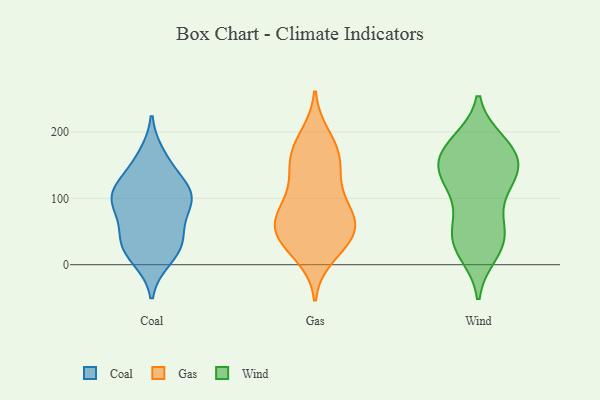
{"axis": {"x": "Humidity (%)", "y": "Value"}, "legend": ["Coal", "Gas", "Wind"], "data": [{"x": "", "y": 10, "type": "Coal"}, {"x": "", "y": 87, "type": "Coal"}, {"x": "", "y": 163, "type": "Coal"}, {"x": "", "y": 45, "type": "Coal"}, {"x": "", "y": 114, "type": "Coal"}, {"x": "", "y": 107, "type": "Coal"}, {"x": "", "y": 27, "type": "Coal"}, {"x": "", "y": 145, "type": "Coal"}, {"x": "", "y": 43, "type": "Coal"}, {"x": "", "y": 25, "type": "Coal"}, {"x": "", "y": 99, "type": "Coal"}, {"x": "", "y": 97, "type": "Coal"}, {"x": "", "y": 102, "type": "Coal"}, {"x": "", "y": 93, "type": "Gas"}, {"x": "", "y": 92, "type": "Gas"}, {"x": "", "y": 81, "type": "Gas"}, {"x": "", "y": 59, "type": "Gas"}, {"x": "", "y": 185, "type": "Gas"}, {"x": "", "y": 194, "type": "Gas"}, {"x": "", "y": 159, "type": "Gas"}, {"x": "", "y": 158, "type": "Gas"}, {"x": "", "y": 120, "type": "Gas"}, {"x": "", "y": 13, "type": "Gas"}, {"x": "", "y": 35, "type": "Gas"}, {"x": "", "y": 65, "type": "Gas"}, {"x": "", "y": 41, "type": "Gas"}, {"x": "", "y": 161, "type": "Gas"}, {"x": "", "y": 57, "type": "Gas"}, {"x": "", "y": 140, "type": "Gas"}, {"x": "", "y": 64, "type": "Gas"}, {"x": "", "y": 47, "type": "Gas"}, {"x": "", "y": 26, "type": "Gas"}, {"x": "", "y": 177, "type": "Wind"}, {"x": "", "y": 185, "type": "Wind"}, {"x": "", "y": 21, "type": "Wind"}, {"x": "", "y": 31, "type": "Wind"}, {"x": "", "y": 146, "type": "Wind"}, {"x": "", "y": 174, "type": "Wind"}, {"x": "", "y": 64, "type": "Wind"}, {"x": "", "y": 42, "type": "Wind"}, {"x": "", "y": 130, "type": "Wind"}, {"x": "", "y": 147, "type": "Wind"}, {"x": "", "y": 101, "type": "Wind"}, {"x": "", "y": 184, "type": "Wind"}, {"x": "", "y": 140, "type": "Wind"}, {"x": "", "y": 151, "type": "Wind"}, {"x": "", "y": 45, "type": "Wind"}, {"x": "", "y": 170, "type": "Wind"}, {"x": "", "y": 56, "type": "Wind"}, {"x": "", "y": 17, "type": "Wind"}, {"x": "", "y": 119, "type": "Wind"}, {"x": "", "y": 126, "type": "Wind"}]}